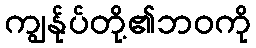
ကျွန်ုပ်တို့၏ဘဝကို